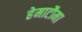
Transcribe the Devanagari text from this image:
हेमाटौमा